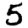
Digit: 5